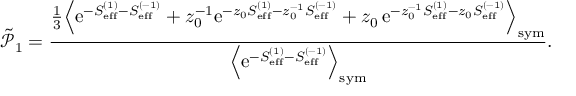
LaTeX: \tilde { \mathcal { P } } _ { 1 } = \frac { \frac { 1 } { 3 } \Bigl \langle \mathrm { e } ^ { - S _ { \mathrm { e f f } } ^ { ( 1 ) } - S _ { \mathrm { e f f } } ^ { ( - 1 ) } } + z _ { 0 } ^ { - 1 } \mathrm { e } ^ { - z _ { 0 } S _ { \mathrm { e f f } } ^ { ( 1 ) } - z _ { 0 } ^ { - 1 } S _ { \mathrm { e f f } } ^ { ( - 1 ) } } + z _ { 0 } \, \mathrm { e } ^ { - z _ { 0 } ^ { - 1 } S _ { \mathrm { e f f } } ^ { ( 1 ) } - z _ { 0 } S _ { \mathrm { e f f } } ^ { ( - 1 ) } } \Bigr \rangle _ { \mathrm { s y m } } } { \Bigl \langle \mathrm { e } ^ { - S _ { \mathrm { e f f } } ^ { ( 1 ) } - S _ { \mathrm { e f f } } ^ { ( - 1 ) } } \Bigr \rangle _ { \mathrm { s y m } } } .